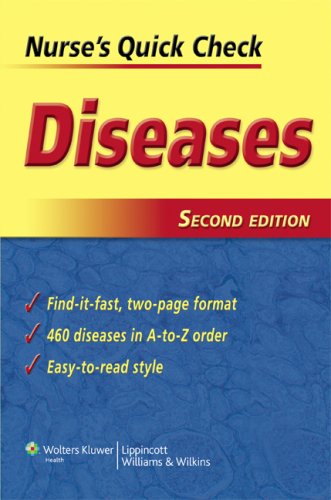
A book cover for Nurse's Quick Check: Diseases; Springhouse; Medical Books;